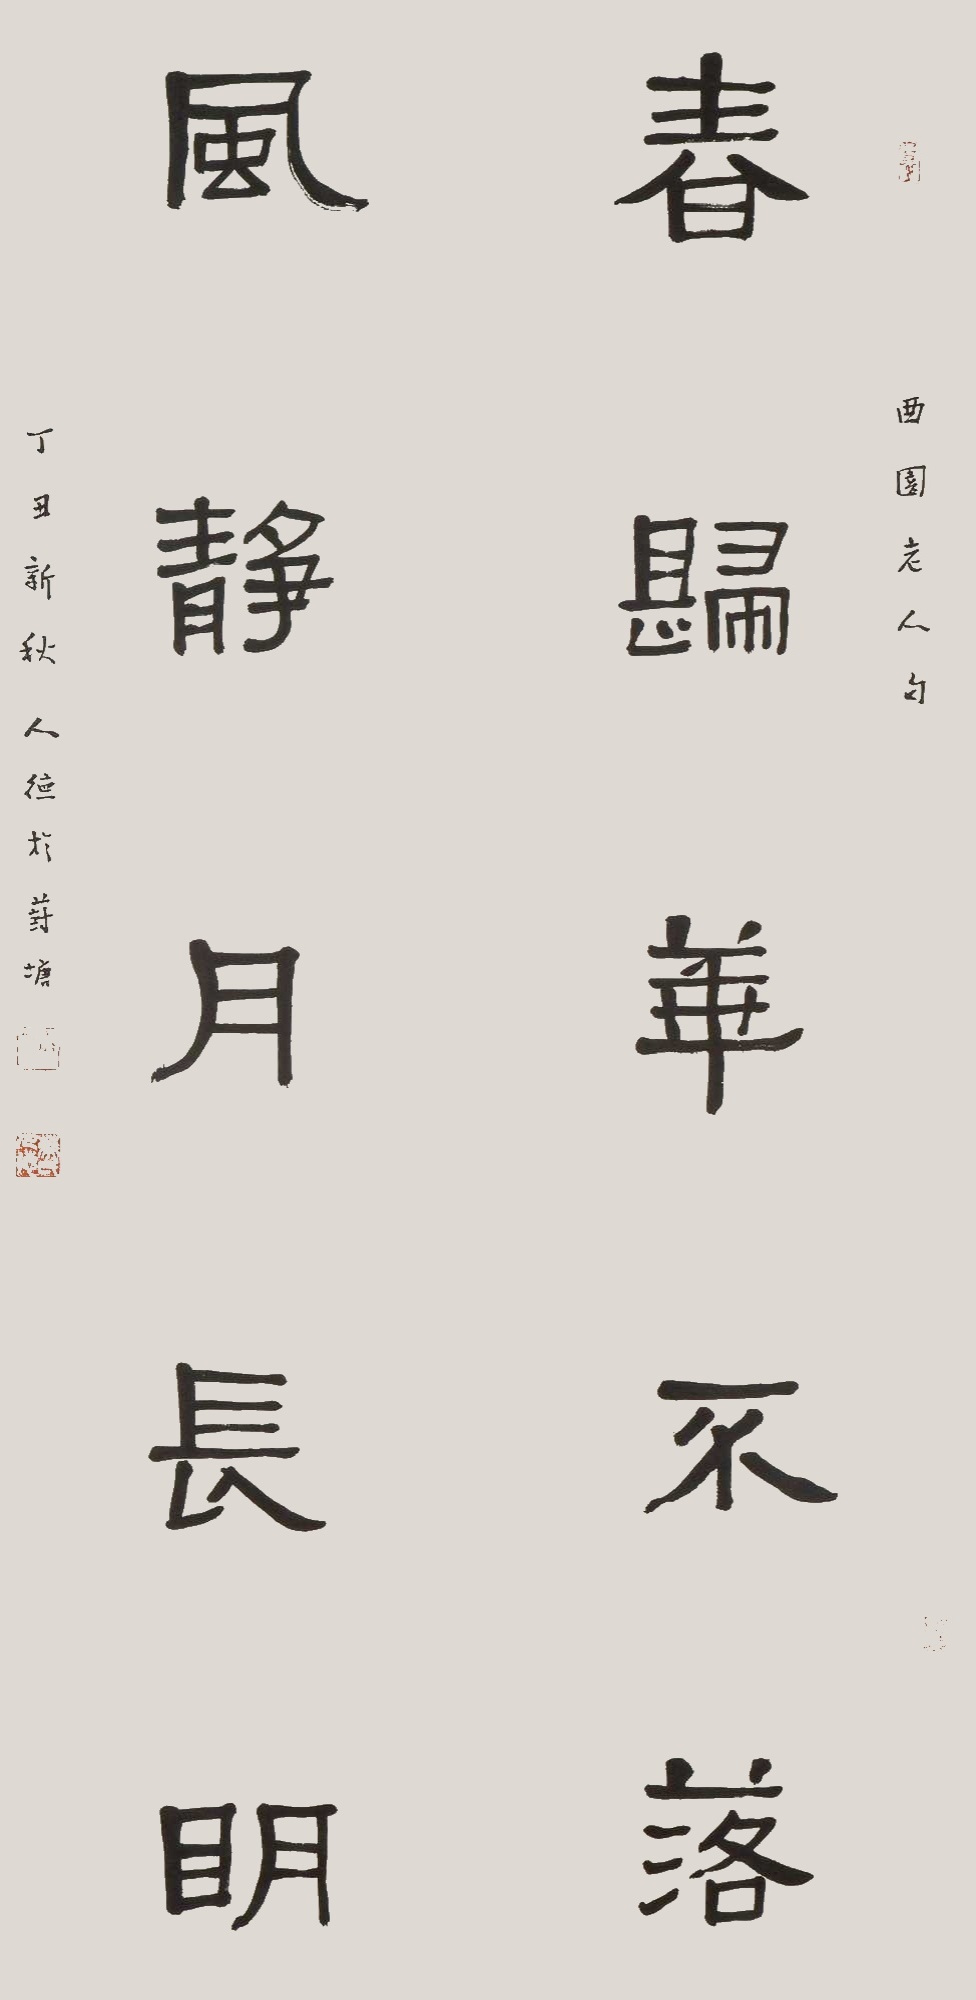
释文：春归花不落，风静月长明。西园老人句，丁丑新秋，人德于葑塘。